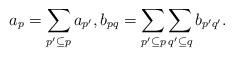
LaTeX: \begin{align*} a_p = \sum_{p'\subseteq p} a_{p'},b_{pq} = \sum_{p'\subseteq p}\sum_{q'\subseteq q} b_{p'q'}.\end{align*}